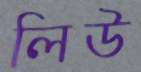
লিউ